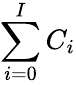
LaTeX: \sum_{i=0}^{I}C_{i}